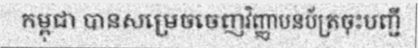
កម្ពុជា បានសម្រេចចេញវិញ្ញាបនប័ត្រចុះបញ្ជី